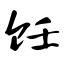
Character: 饪